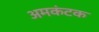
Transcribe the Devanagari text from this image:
अमकंटक